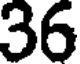
36